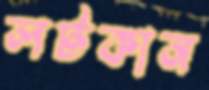
লটকান